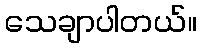
သေချာပါတယ်။